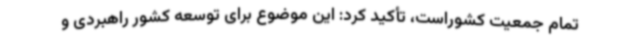
تمام جمعیت کشوراست، تأکید کرد: این موضوع برای توسعه کشور راهبردی و